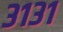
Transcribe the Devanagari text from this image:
३१३१